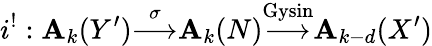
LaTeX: i^{!}:\mathbf{A}_{k}(Y^{\prime}){\overset{\sigma}{\longrightarrow}}\mathbf{A}_{k}(N){\overset{\mathrm{{Gysin}}}{\longrightarrow}}\mathbf{A}_{k-d}(X^{\prime})